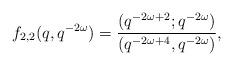
LaTeX: \begin{align*}f_{2, 2}(q, q^{-2\omega}) = \frac{(q^{-2\omega + 2}; q^{-2\omega})}{(q^{-2\omega + 4}, q^{-2\omega})},\end{align*}